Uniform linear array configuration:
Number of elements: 16
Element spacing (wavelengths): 0.5
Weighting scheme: binomial
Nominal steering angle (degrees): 15
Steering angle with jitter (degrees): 15.8
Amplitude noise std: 0.05
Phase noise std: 0.05

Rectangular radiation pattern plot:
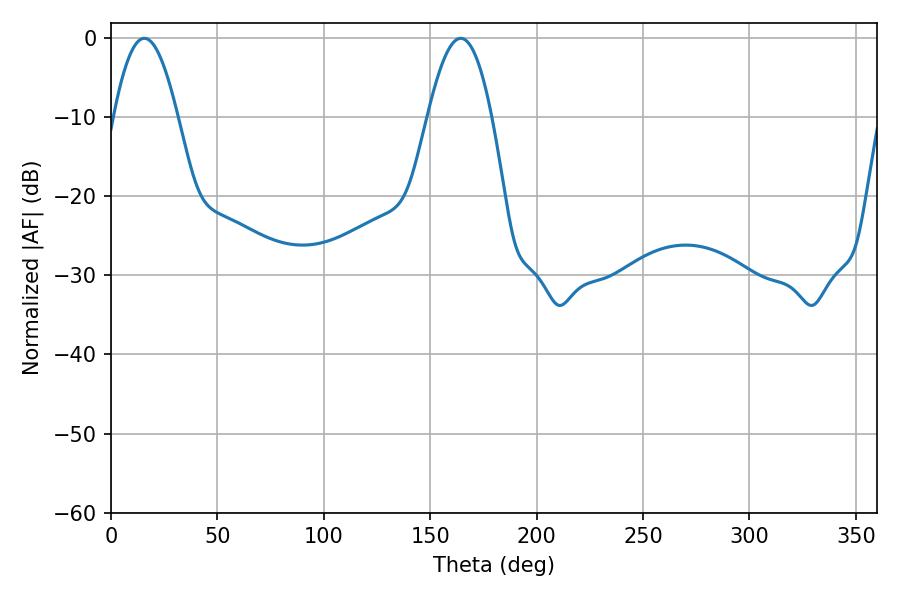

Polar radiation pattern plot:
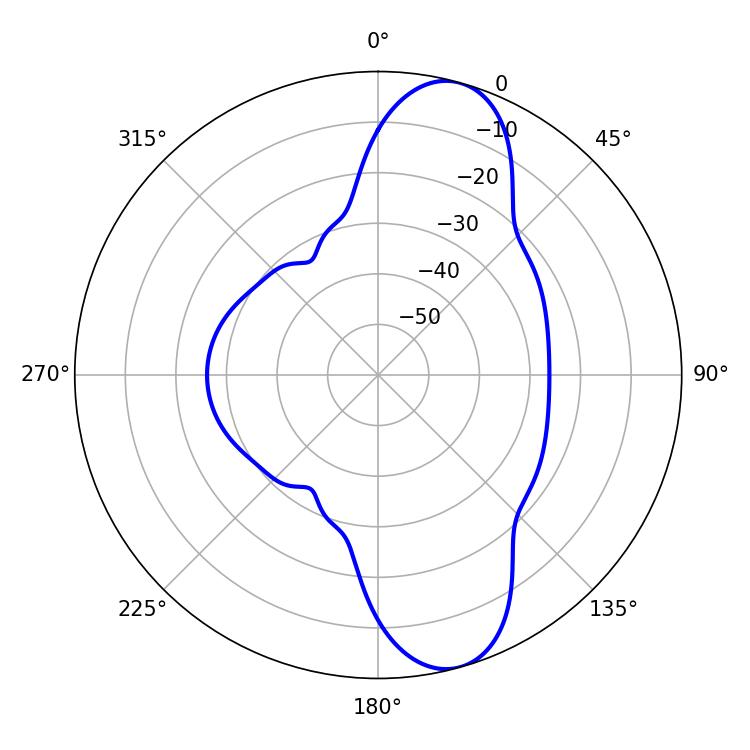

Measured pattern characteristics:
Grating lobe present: FALSE
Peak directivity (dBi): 10.595
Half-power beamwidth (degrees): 16.2
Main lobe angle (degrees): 15.66